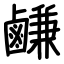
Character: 鹻